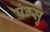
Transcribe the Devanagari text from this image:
पंग्सु